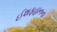
ઈશફહાનના